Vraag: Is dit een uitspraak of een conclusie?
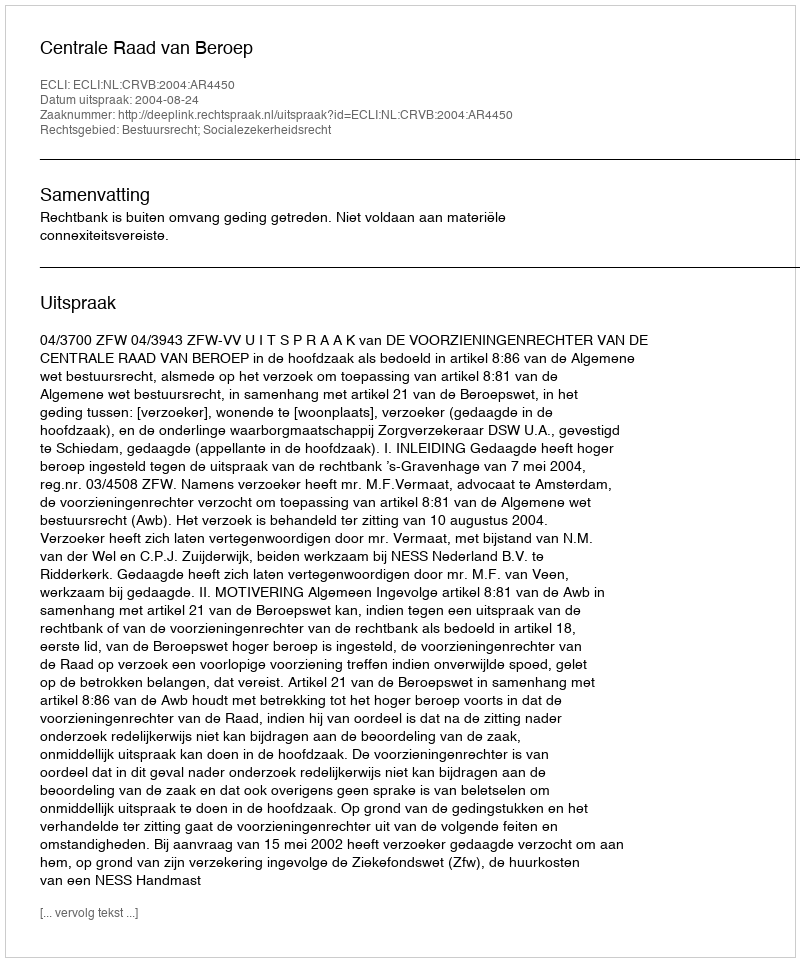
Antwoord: Uitspraak